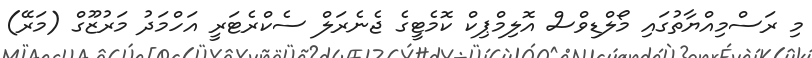
މި ރަސްމިއްޔާތުގައި މޯލްޑިވްސް އޮލިމްޕިކް ކޮމެޓީގެ ޖެނެރަލް ސެކްރެޓަރީ އަހްމަދު މަރުޒޫގް (މަރޭ)